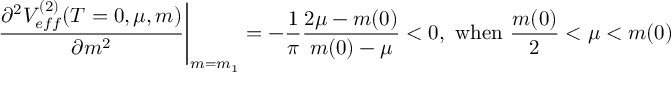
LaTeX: \left. \frac { \partial ^ { 2 } V _ { e f f } ^ { ( 2 ) } ( T = 0 , \mu , m ) } { \partial m ^ { 2 } } \right| _ { m = m _ { 1 } } = - \frac { 1 } { \pi } \frac { 2 \mu - m ( 0 ) } { m ( 0 ) - \mu } < 0 , \ \mathrm { w h e n } \ \frac { m ( 0 ) } { 2 } < \mu < m ( 0 )